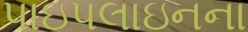
પાઇપલાઇનના